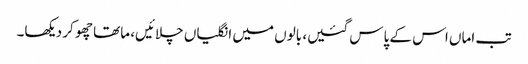
تب اماں اس کے پاس گئیں، بالوں میں انگلیاں چلائیں، ماتھا چھو کر دیکھا۔